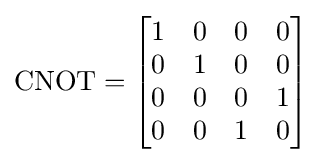
\operatorname {CNOT} ={\begin{bmatrix}1&0&0&0\\0&1&0&0\\0&0&0&1\\0&0&1&0\end{bmatrix}}